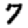
Digit: 7